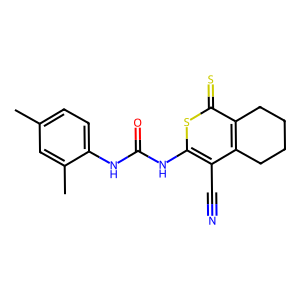
SMILES: Cc1ccc(NC(=O)Nc2sc(=S)c3c(c2C#N)CCCC3)c(C)c1
Inhibits HIV replication: No